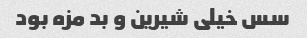
سس خیلی شیرین و بد مزه بود